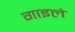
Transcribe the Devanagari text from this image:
गाइले